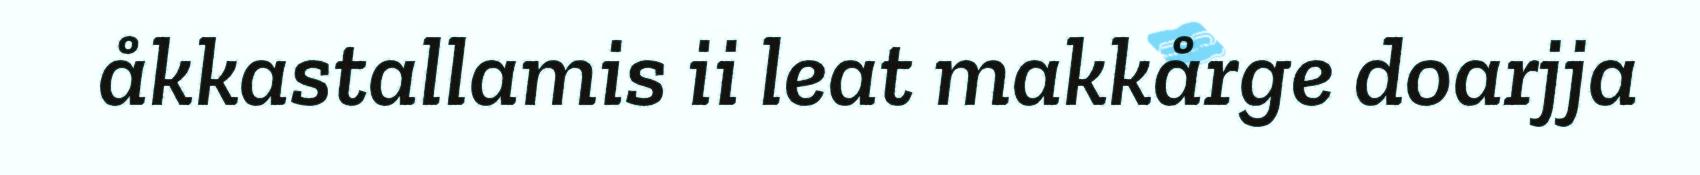
åkkastallamis ii leat makkårge doarjja